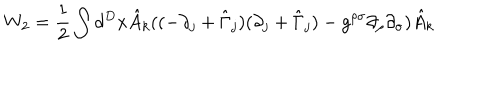
LaTeX: W _ { 2 } = \frac { 1 } { 2 } \int d ^ { D } x \hat { A } _ { k } ( ( - \partial _ { j } + \hat { \Gamma } _ { j } ) ( \partial _ { j } + \hat { \Gamma } _ { j } ) - g ^ { \rho \sigma } \partial _ { \rho } \partial _ { \sigma } ) \hat { A } _ { k }